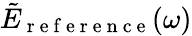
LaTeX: \tilde{E}_{\mathrm{~r~e~f~e~r~e~n~c~e~}}(\omega)